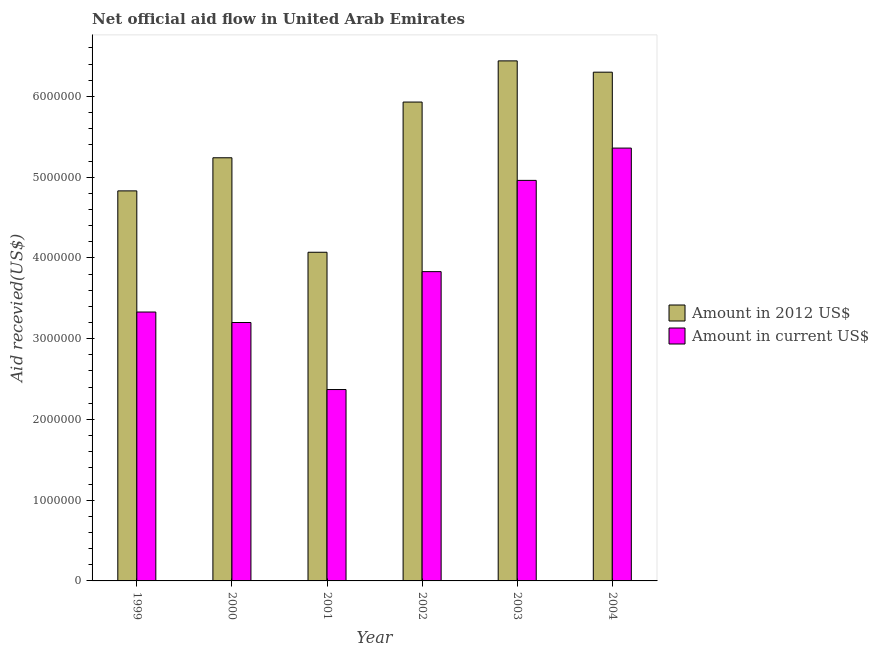
| Year | Amount in 2012 US$ | Amount in current US$ |
 | --- | --- | --- |
 | 1999 | 4.83e+06 | 3.33e+06 |
 | 2000 | 5.24e+06 | 3.2e+06 |
 | 2001 | 4.07e+06 | 2.37e+06 |
 | 2002 | 5.93e+06 | 3.83e+06 |
 | 2003 | 6.44e+06 | 4.96e+06 |
 | 2004 | 6.3e+06 | 5.36e+06 |